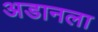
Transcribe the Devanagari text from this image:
अडानला